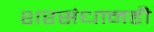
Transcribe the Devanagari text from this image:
शरसंधानही